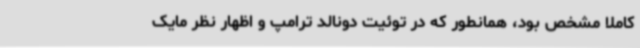
کاملاً مشخص بود، همانطور که در توئیت دونالد ترامپ و اظهار نظر مایک